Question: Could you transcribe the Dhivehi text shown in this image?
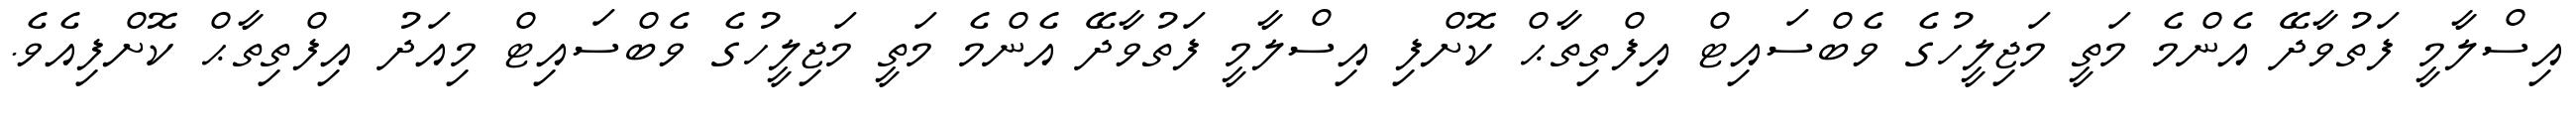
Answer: އިސްލާމީ ފަތުވާދޭ އެންމެ މަތީ މަޖިލީހުގެ ވެބްސައިޓް އިފްތިތާޙް ކޮށްފި އިސްލާމީ ފަތުވާދޭ އެންމެ މަތީ މަޖިލީހުގެ ވެބްސައިޓް މިއަދު އިފްތިތާޙް ކޮށްފިއެވެ.